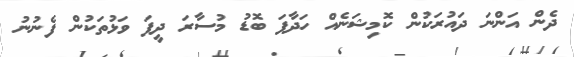
ދެން އަންނަ ދައުރަކުން ކޮމިޝަނެއް ހަދާފަ ބޮޑު މުސާރަ ދީފަ ވަޅުތަކުން ފެނުނު